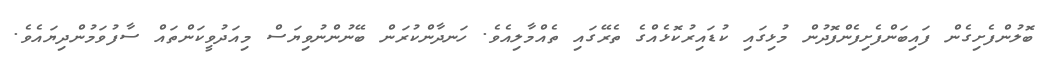
ބޮލުންފެށިގެން ފައިބަންފެށިފެންފޮދުން މުޅިގައި ކުޑައިރުކޮޅެއްގެ ތެރޭގައި ތެއްމާލިއެވެ. ހަނދާންކުރަން ބޭނުންނުވިޔަސް މިއަދުވީކަންތައް ސާފުވަމުންދިޔައެވެ.